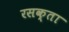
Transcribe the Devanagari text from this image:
रसक्ता